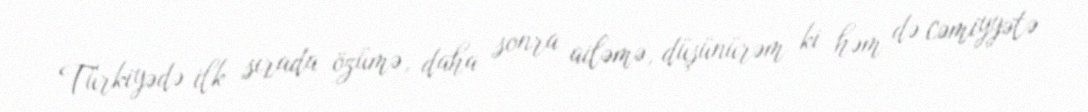
Türkiyədə ilk sırada özümə, daha sonra ailəmə, düşünürəm ki həm də cəmiyyətə